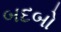
બદબો